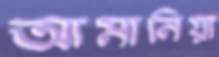
আমানিয়া